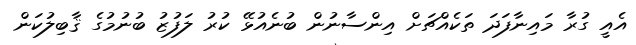
އެއީ ގުރާ މައިނާފަދަ ތަކެއްޗަށް އިންސާނުން ބުނެއުޅޭ ކުރު ލަފުޒު ބުނުމުގެ ޤާބިލުކަން